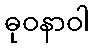
ဓုဝနာဝါ